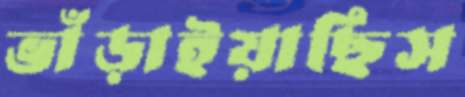
ভাঁড়াইয়াছিস